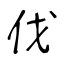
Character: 伐